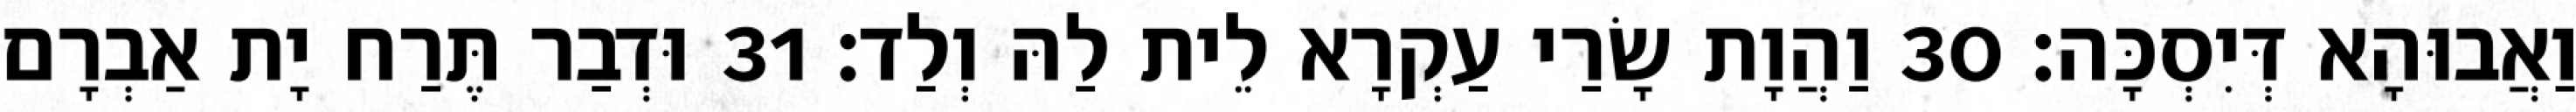
וַאֲבוּהָא דְּיִסְכָּה׃ 30 וַהֲוָת שָׂרַי עַקְרָא לֵית לַהּ וְלַד׃ 31 וּדְבַר תֶּרַח יָת אַבְרָם